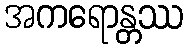
အကရောန္တဿ